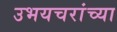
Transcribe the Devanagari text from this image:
उभयचरांच्या